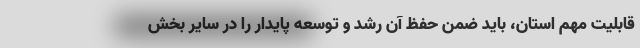
قابلیت مهم استان، باید ضمن حفظ آن رشد و توسعه پایدار را در سایر بخش